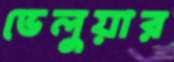
ভেলুয়ার